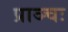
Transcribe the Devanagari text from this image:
प्राञ्चः